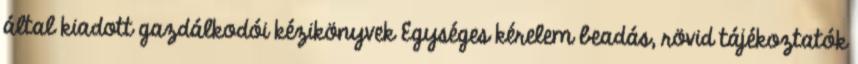
által kiadott gazdálkodói kézikönyvek Egységes kérelem beadás, rövid tájékoztatók